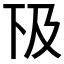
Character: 𠀨